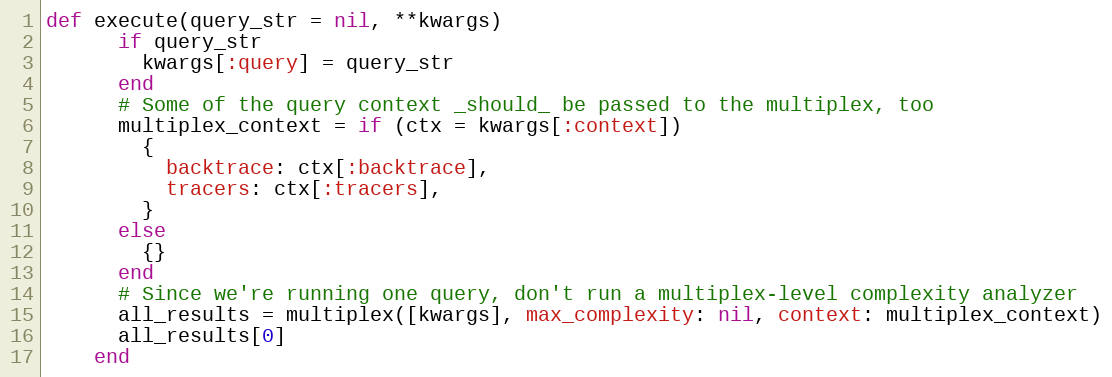
Language: Ruby
def execute(query_str = nil, **kwargs)
      if query_str
        kwargs[:query] = query_str
      end
      # Some of the query context _should_ be passed to the multiplex, too
      multiplex_context = if (ctx = kwargs[:context])
        {
          backtrace: ctx[:backtrace],
          tracers: ctx[:tracers],
        }
      else
        {}
      end
      # Since we're running one query, don't run a multiplex-level complexity analyzer
      all_results = multiplex([kwargs], max_complexity: nil, context: multiplex_context)
      all_results[0]
    end